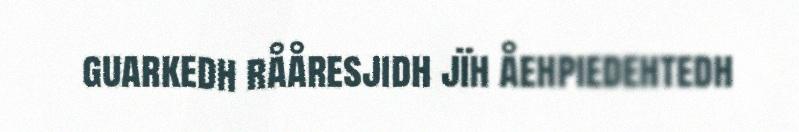
guarkedh rååresjidh jïh åehpiedehtedh